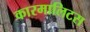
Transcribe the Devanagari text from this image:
कारमालिटस